Lunatic asylums Burma 1907-21 - 1907-1921
Year: 1907
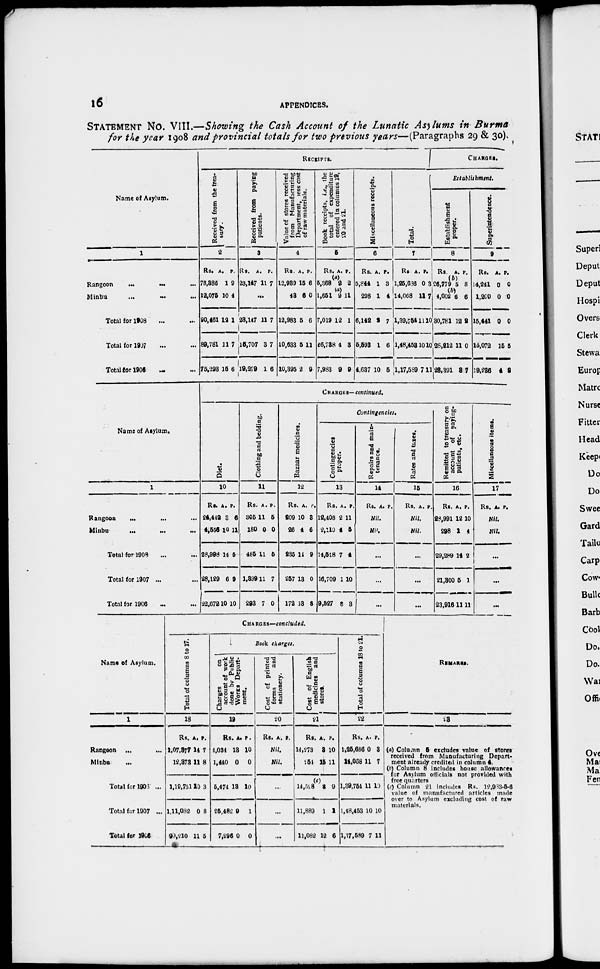
16
APPENDICES.
STATEMENT No. VIII.—Showing the Cash Account of the Lunatic Asylums in Burma
for the year 1908 and provincial totals for two previous years—(Paragraphs 29 & 30).
Name of Asylum.
1
Rangoon
...
...
...
Minbu
...
... ...
Total for 1908 ... ...
Total for 1907 ... ...
Total for 1906 ... ...
RECEIPTS.
Received from the trea-
sury.
2
Rs.
78,386
12,075
90,461
89,781
75,293
A.
1
10
12
11
15
P
9
4
1
7
6
Received from paying
patients.
3
Rs.
23,147
A.
11
P.
7
...
23,147
15,705
19,279
11
3
1
7
7
6
Value of stores received
from
Manufacturing
Department, less cost
of raw materials.
4
Rs.
12,939
43
12,983
10,533
10,395
A.
15
6
5
5
2
P.
6
0
6
11
9
Book receipts, i.e., the
total of expenditure
entered in columns 19,
20 and 21.
5
Rs.
5,368
1,651
7,019
26,738
7,983
A.
(a)
2
(a)
9
12
4
9
P.
2
11
1
3
9
Miscellaneous receipts.
6
Rs.
5,844
298
6,142
5,598
4,637
A.
1
1
2
1
10
P.
3
4
7
6
5
Total.
7
Rs
1,25,636
14,068
1,39,754
1,48,453
l,17,589
A.
0
11
11
10
7
P.
3
7
10
10
11
CHARGES.
Establishment.
Establishment
proper.
8
Rs.
26,779
4,002
30,781
28,212
23,391
A.
(b)
5
(b)
6
12
11
3
P.
8
6
2
0
7
Superintendence.
9
Rs.
14,241
1,200
15,441
15,072
19,236
A.
0
0
0
15
4
P.
0
0
0
5
2
Name of Asylum.
1
Rangoon ... ... ...
Minbu
...
...
...
Total for 1908 ... ...
Total for 1907 ... ...
Total for 1906 ... ...
CHARGES— continued.
Diet.
10
Rs.
24,442
4,556
28,998
28,129
22,672
A.
3
10
14
6
10
P.
6
11
5
9
10
Clothing and bedding.
11
Rs.
305
180
485
1,399
293
A.
11
0
11
11
7
P.
5
0
5
7
0
Bazaar medicines.
12
Rs
209
26
235
257
172
A.
10
4
14
13
13
P.
3
6
9
0
8
Contingencies.
Contingencies
proper.
13
Rs.
12,408
2,110
14,518
16,709
9,527
A.
2
4
7
1
8
P.
11
5
4
10
3
Repairs and main-
tenance.
14
Rs. A. P.
Nil.
Nil.
...
...
...
Rates and taxes.
15
Rs. A. P.
Nil.
Nil.
...
...
...
Remitted to treasury on
account of paying¬
patients, etc.
16
Rs.
28,991
298
29,289
21,300
23,916
A.
12
1
14
5
11
P.
10
4
2
1
11
Miscellaneous items.
17
Rs. A. P.
Nil.
Nil.
...
...
...
Name of Asylum.
1
Rangoon
...
Minbu
...
Total for 1908 ...
Total for 1907 ...
Total for 1906
CHARGES—concluded.
Total of columns 8 to 17.
18
Rs.
1,07,377
12,373
1,19,751
1,11,082
99,210
A.
14
11
10
0
11
P.
7
8
3
8
5
Book charges.
Charges
on
account of work
done by Public
Works Depart-
ment.
19
Rs.
4,034
1,440
5,474
26,482
7,296
A.
13
0
13
9
0
P.
10
0
10
1
0
Cost of printed
forms
and
stationery.
20
Rs. A. P.
Nil.
Nil.
...
...
...
Cost of English
medicines and
stores.
21
Rs.
14,273
254
14,528
11,889
11,082
A.
3
15
(c)
3
1
12
P.
10
11
9
1
6
Total of columns 18 to 21.
22
Rs.
1,25,686
14,038
1,39,764
1,48,453
1,17,589
A.
0
11
11
10
7
P.
3
7
10
10
11
REMARKS.
23
(a) Column 5 excludes value of stores
received from Manufacturing Depart-
ment already credited in column 4.
(b) Column 8 includes house allowances
for Asylum officials not provided with
free quarters
(c) Column 21 includes Rs. 12,983-6-6
value of manufactured articles made
over to Asylum excluding cost of raw
materials.